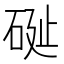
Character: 𥒔